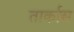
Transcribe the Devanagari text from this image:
तार्कास